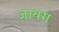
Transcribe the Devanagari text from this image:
जायग